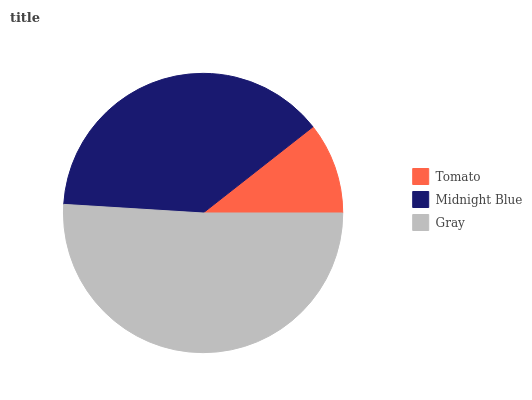
| Tomato | Midnight Blue | Gray |
 | --- | --- | --- |
 | 10.6% | 38.4% | 51% |